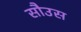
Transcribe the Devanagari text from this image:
सौउस